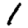
Digit: 1